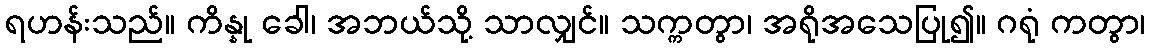
ရဟန်းသည်။ ကိန္နု ခေါ၊ အဘယ်သို့ သာလျှင်။ သက္ကတွာ၊ အရိုအသေပြု၍။ ဂရုံ ကတွာ၊